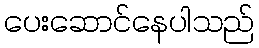
ပေးဆောင်နေပါသည်